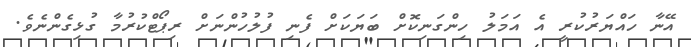
އޭނާ ހައްޔަރުކުރީ އެ އަމަލު ހިންގަނިކޮށް ބަޔަކަށް ފެނި ފުލުހުންނަށް ރިޕޯޓްކުރުމާ ގުޅިގެންނެވެ.